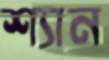
শ্যান